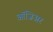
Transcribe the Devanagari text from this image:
ऑजिअर